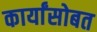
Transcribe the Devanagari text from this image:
कार्यांसोबत